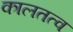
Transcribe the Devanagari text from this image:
कालतत्व